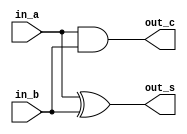
/* CSED273 lab5 experiment 1 */
/* lab5_1.v */

`timescale 1ps / 1fs

module halfAdder(
    input in_a,
    input in_b,
    output out_s,
    output out_c
    );

    ////////////////////////
    xor (out_s, in_a, in_b);
    and (out_c, in_a, in_b);
    ////////////////////////

endmodule

module fullAdder(
    input in_a,
    input in_b,
    input in_c,
    output out_s,
    output out_c
    );
    wire s, c1, c2;
    ////////////////////////
    halfAdder M1(in_a, in_b, s, c1);
    halfAdder M2(s, in_c, out_s, c2);
    or (out_c, c1, c2);
    ////////////////////////

endmodule

/* Implement adder 
 * You must not use Verilog arithmetic operators */
module adder(
    input [3:0] x,
    input [3:0] y,
    input c_in,             // Carry in
    output [3:0] out,
    output c_out            // Carry out
); 

    ////////////////////////
    wire c1, c2, c3;
    fullAdder M1(x[0], y[0], c_in , out[0], c1); 
    fullAdder M2(x[1], y[1], c1, out[1], c2);
    fullAdder M3(x[2], y[2], c2 , out[2], c3); 
    fullAdder M4(x[3], y[3], c3, out[3], c_out); 
    ////////////////////////

endmodule

/* Implement arithmeticUnit with adder module
 * You must use one adder module.
 * You must not use Verilog arithmetic operators */
module arithmeticUnit(
    input [3:0] x,
    input [3:0] y,
    input [2:0] select,
    output [3:0] out,
    output c_out            // Carry out
);

    ////////////////////////
    wire [3:0] a;
    wire [12:1] temp;
    and(temp[1], y[3], select[1]);
    not(temp[2], y[3]);
    and(temp[3], temp[2], select[2]);
    or(a[3], temp[1], temp[3]);
    
    and(temp[4], y[2], select[1]);
    not(temp[5], y[2]);
    and(temp[6], temp[5], select[2]);
    or(a[2], temp[4], temp[6]);
    
    and(temp[7], y[1], select[1]);
    not(temp[8], y[1]);
    and(temp[9], temp[8], select[2]);
    or(a[1], temp[7], temp[9]);
    
    and(temp[10], y[0], select[1]);
    not(temp[11], y[0]);
    and(temp[12], temp[11], select[2]);
    or(a[0], temp[10], temp[12]);
    adder K1(a[3:0], x[3:0], select[0], out[3:0], c_out);
    ////////////////////////

endmodule

/* Implement 4:1 mux */
module mux4to1(
    input [3:0] in,
    input [1:0] select,
    output out
);

    ////////////////////////
    wire [6:1] temp;
    not(temp[1], select[1]);
    not(temp[2], select[0]);
    and(temp[3], in[0], temp[1], temp[2]);
    and(temp[4], in[1], temp[1], select[0]);
    and(temp[5], in[2], select[1], temp[2]);
    and(temp[6], in[3], select[1], select[0]);
    or(out, temp[3], temp[4], temp[5], temp[6]); 
    ////////////////////////

endmodule

/* Implement logicUnit with mux4to1 */
module logicUnit(
    input [3:0] x,
    input [3:0] y,
    input [1:0] select,
    output [3:0] out
);

    ////////////////////////
    wire [3:0] a;
    not(a[3], x[0]);
    xor(a[2], x[0], y[0]);
    or(a[1], x[0], y[0]);
    and(a[0], x[0], y[0]);
    mux4to1 M1(a[3:0], select[1:0], out[0]);
    
    wire [3:0] b;
    not(b[3], x[1]);
    xor(b[2], x[1], y[1]);
    or(b[1], x[1], y[1]);
    and(b[0], x[1], y[1]);
    mux4to1 M2(b[3:0], select[1:0], out[1]);

    wire [3:0] c;
    not(c[3], x[2]);
    xor(c[2], x[2], y[2]);
    or(c[1], x[2], y[2]);
    and(c[0], x[2], y[2]);
    mux4to1 M3(c[3:0], select[1:0], out[2]);
    
    wire [3:0] d;
    not(d[3], x[3]);
    xor(d[2], x[3], y[3]);
    or(d[1], x[3], y[3]);
    and(d[0], x[3], y[3]);
    mux4to1 M4(d[3:0], select[1:0], out[3]);
    ////////////////////////

endmodule

/* Implement 2:1 mux */
module mux2to1(
    input [1:0] in,
    input  select,
    output out
);

    ////////////////////////
    wire a, b, c;
    not(a, select);
    and(b, in[0], a);
    and(c, in[1], select);
    or(out, b, c); 
    ////////////////////////

endmodule

/* Implement ALU with mux2to1 */
module lab5_1(
    input [3:0] x,
    input [3:0] y,
    input [3:0] select,
    output [3:0] out,
    output c_out            // Carry out
);

    ////////////////////////
    wire [3:0] a;
    wire [3:0] b;
    wire [1:0] c;
    wire [1:0] d;
    wire [1:0] e;
    wire [1:0] f;
    
    arithmeticUnit F1(x[3:0], y[3:0], select[2:0], a[3:0], c_out);
    logicUnit F2(x[3:0], y[3:0], select[1:0], b[3:0]);
    
    assign c[0] = a[0];
    assign c[1] = b[0];
    mux2to1 F3(c[1:0], select[3], out[0]);
    
    assign d[0] = a[1];
    assign d[1] = b[1];
    mux2to1 F4(d[1:0], select[3], out[1]);
    
    assign e[0] = a[2];
    assign e[1] = b[2];
    mux2to1 F5(e[1:0], select[3], out[2]);
    
    assign f[0] = a[3];
    assign f[1] = b[3];
    mux2to1 F6(f[1:0], select[3], out[3]);
    ////////////////////////

endmodule